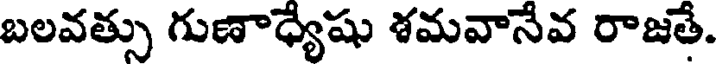
బలవత్సు గుణాధ్యేషు శమవానేవ రాజతే.